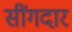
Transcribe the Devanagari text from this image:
सींगदार